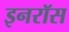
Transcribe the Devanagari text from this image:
इनरॉस